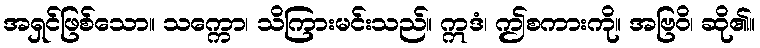
အရှင်ဖြစ်သော။ သက္ကော၊ သိကြားမင်းသည်။ ဣဒံ၊ ဤစကားကို။ အဗြဝိ၊ ဆို၏။